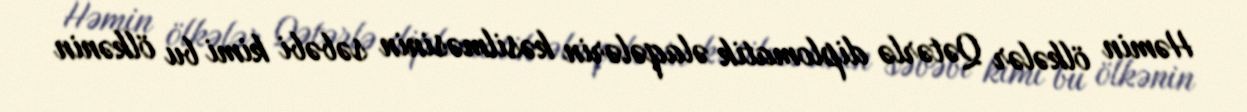
Həmin ölkələr Qətərlə diplomatik əlaqələrin kəsilməsinin səbəbi kimi bu ölkənin